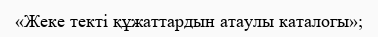
«Жеке текті құжаттардын атаулы каталогы»;